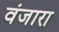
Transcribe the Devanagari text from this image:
वंजारा